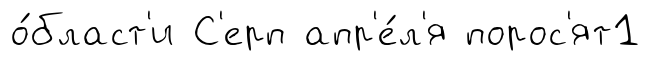
о́бласт'и С'ерп апр'е́л'я порос'ят1